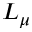
L _ { \mu }